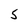
Character: 5